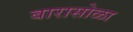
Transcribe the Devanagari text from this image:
बारासोळा